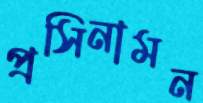
প্রসিনামন